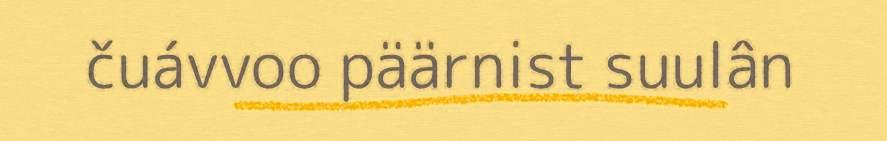
čuávvoo päärnist suulân